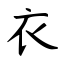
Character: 衣